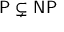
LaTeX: { \mathsf { P } } \subsetneq { \mathsf { N P } }